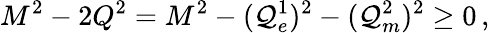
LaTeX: M^{2}-2Q^{2}=M^{2}-({\cal Q}_{e}^{1})^{2}-({\cal Q}_{m}^{2})^{2}\geq 0\, ,